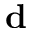
\mathbf { d }